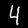
Label: 4